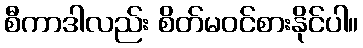
စီကာဒါလည်း စိတ်မဝင်စားနိုင်ပါ။